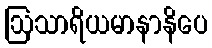
ဩသာရိယမာနာနိပေ